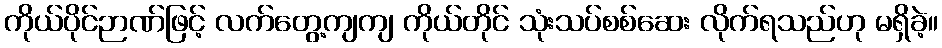
ကိုယ်ပိုင်ဉာဏ်ဖြင့် လက်တွေ့ကျကျ ကိုယ်တိုင် သုံးသပ်စစ်ဆေး လိုက်ရသည်ဟု မရှိခဲ့။